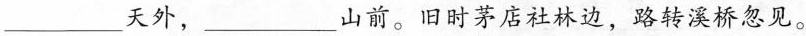
___天外，___山前。旧时茅店社林边，路转溪桥忽见。